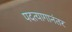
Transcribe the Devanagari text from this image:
पदत्यागानंतर